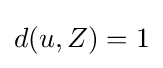
d(u,Z)=1